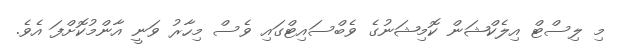
މި ލިސްޓް އިލެކްޝަން ކޮމިޝަނުގެ ވެބްސައިޓްގައި ވެސް މިހާރު ވަނީ އާންމުކޮށްފަ އެވެ.